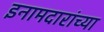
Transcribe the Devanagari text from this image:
इनामदारांच्या